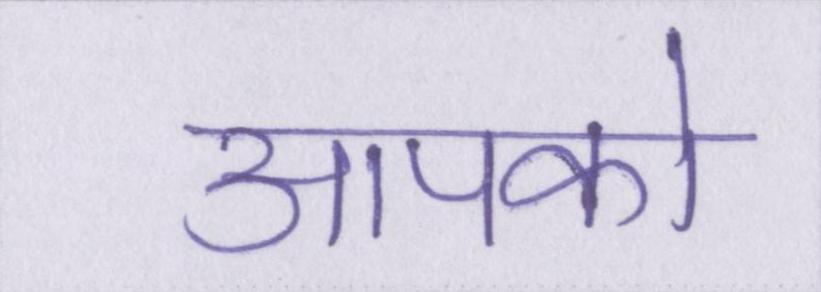
आपको